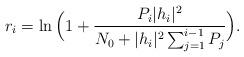
LaTeX: \begin{align*}r_i=\ln \Big(1+\frac{P_i|h_i|^2}{N_0+|h_i|^2\sum_{j=1}^{i-1}P_j}\Big).\end{align*}